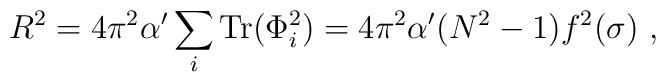
R^2={4\pi^2\alpha^\prime}\sum_i {\rm Tr}(\Phi_i^2)={4\pi^2\alpha^\prime}(N^2-1)f^2(\sigma)\ ,